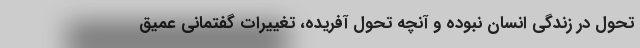
تحول در زندگی انسان نبوده و آنچه تحول آفریده، تغییرات گفتمانی عمیق